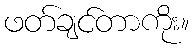
ဖတ်ချင်တာကိုး။